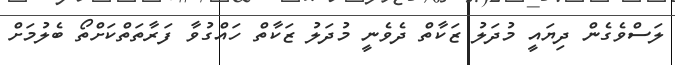
ލަސްވެގެން ދިޔައީ މުދަލު ޒަކާތް ދެވެނީ މުދަލު ޒަކާތް ހައްގުވާ ފަރާތަތްކަށްތޯ ބެލުމަށް